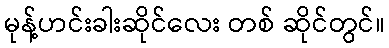
မုန့်ဟင်းခါးဆိုင်လေး တစ် ဆိုင်တွင်။